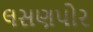
લસણપોર